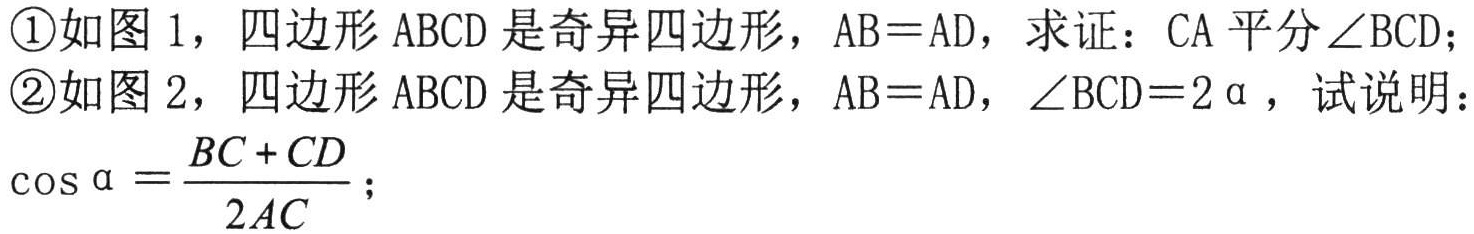
\textcircled{1}如图 1，四边形 ABCD 是奇异四边形，AB = AD，求证：CA 平分∠BCD；
\textcircled{2}如图 2，四边形 ABCD 是奇异四边形，AB = AD，∠BCD = 2α，试说明：
\(\cos\alpha=\frac{BC + CD}{2AC}\)；